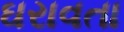
ઘરાવતા